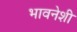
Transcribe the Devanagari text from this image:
भावनेशी